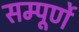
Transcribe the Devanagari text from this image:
सम्पूर्णे